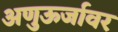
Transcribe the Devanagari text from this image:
अणुऊर्जावर